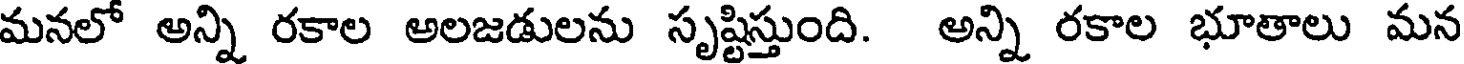
మనలో అన్ని రకాల అలజడులను సృష్టిస్తుంది. అన్ని రకాల భూతాలు మన